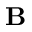
{ \bf B }